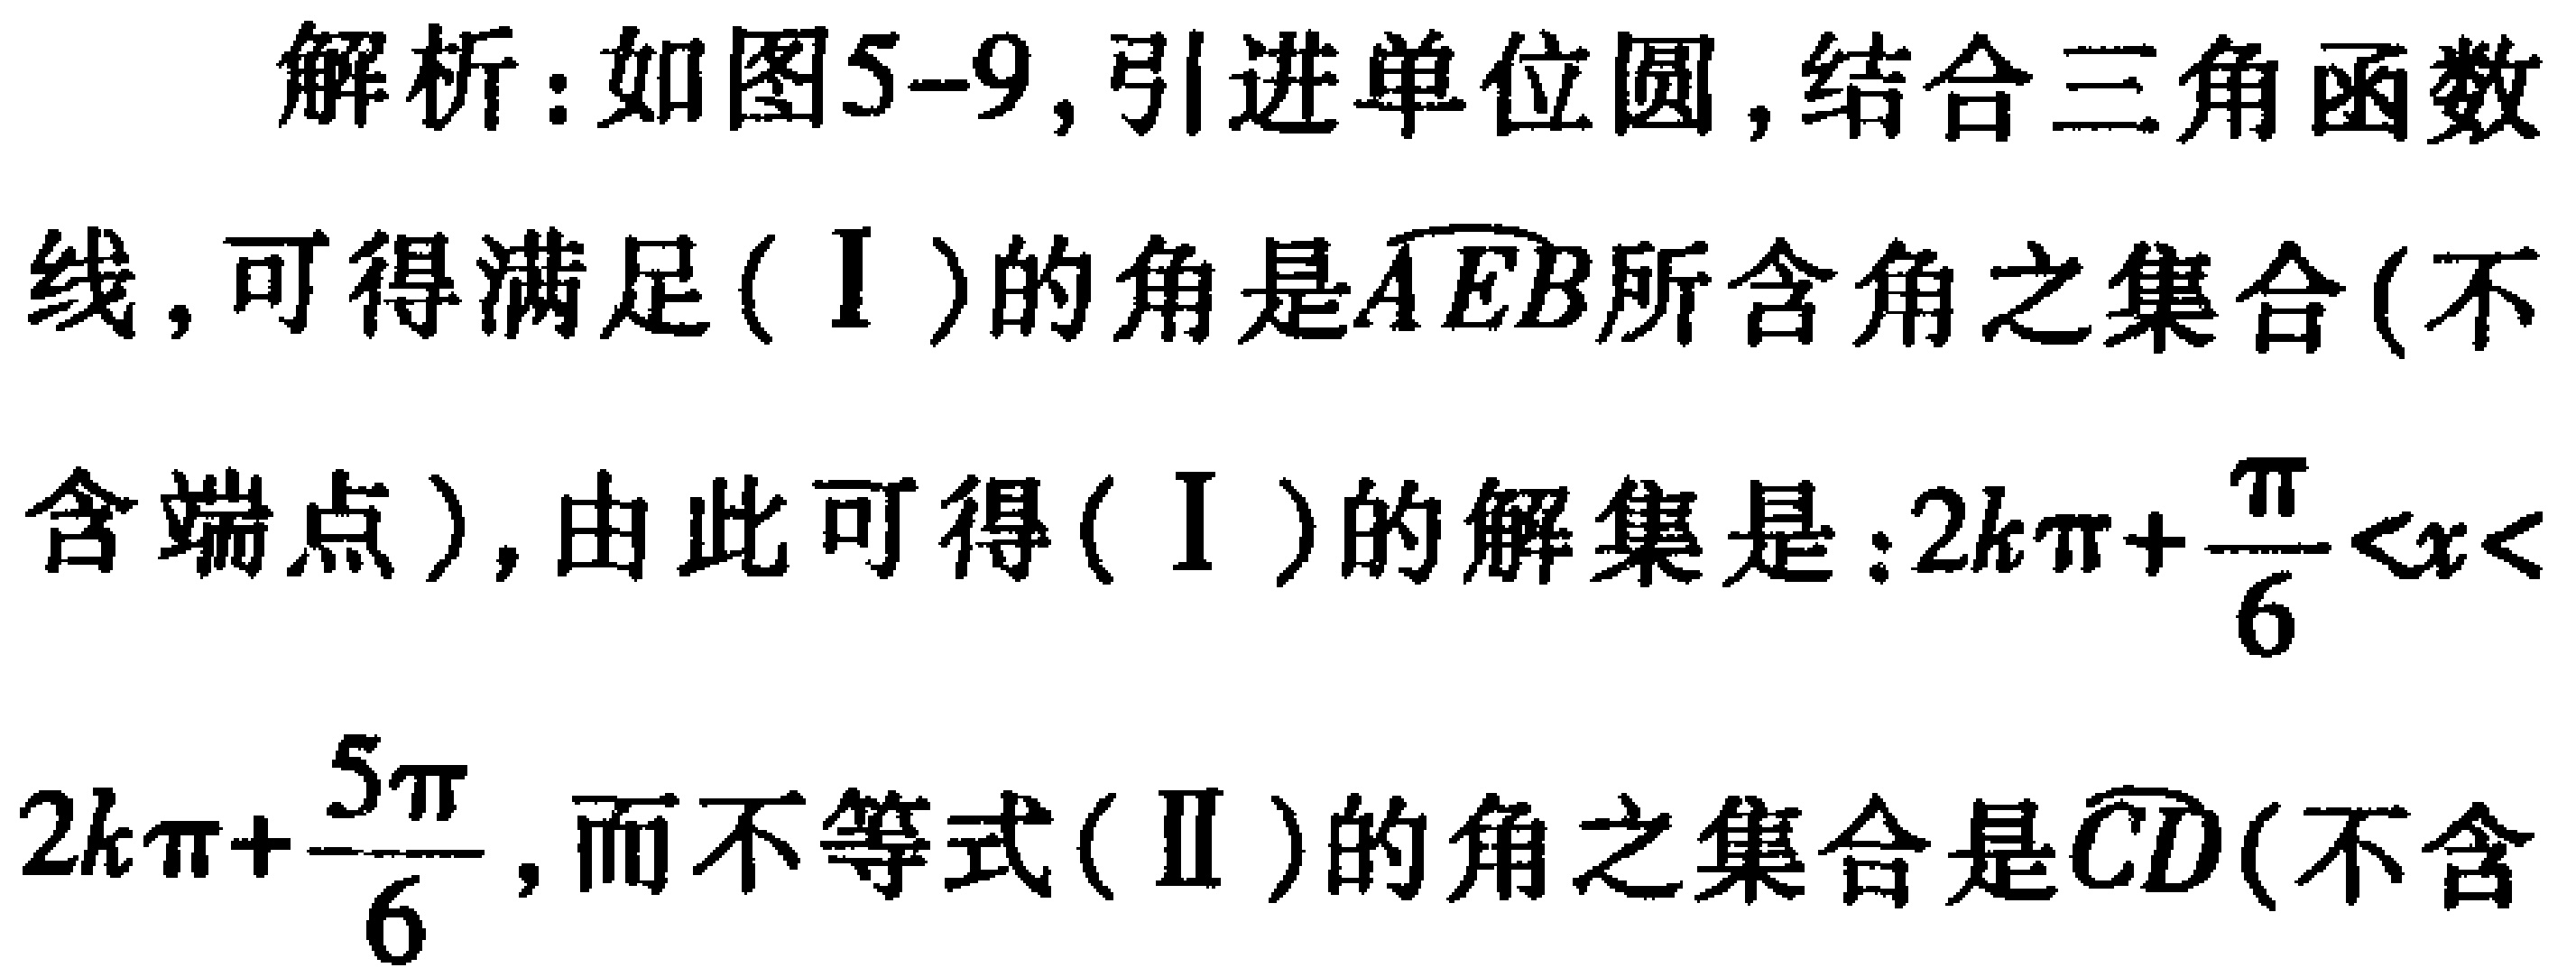
解析：如图5-9,引进单位圆,结合三角函数
线,可得满足(Ⅰ)的角是\(\overset{\frown}{AEB}\)所含角之集合(不
含端点),由此可得(Ⅰ)的解集是：\(2k\pi+\frac{\pi}{6}<x<\)
\(2k\pi+\frac{5\pi}{6}\),而不等式(Ⅱ)的角之集合是\(\overset{\frown}{CD}\)(不含